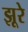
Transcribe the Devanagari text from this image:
झूरे